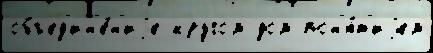
объед'ин'е́н'иjе кругом дом пон'я́т'иjем